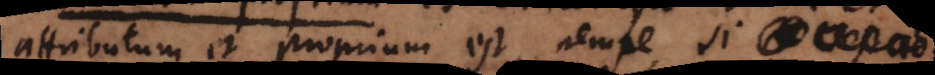
attributum et proprium est, nempe si c